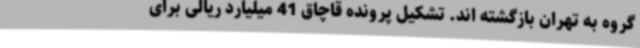
گروه به تهران بازگشته اند. تشکیل پرونده قاچاق 41 میلیارد ریالی برای